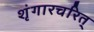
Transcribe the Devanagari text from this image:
शृंगारचरित्